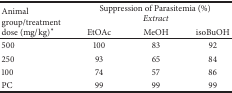
<table><thead><tr><td rowspan="2"><b>Animal group/treatment dose (mg/kg)<sup><i>∗</i></sup></b></td><td colspan="3"><b> Suppression of Parasitemia (%) <i>Extract</i></b></td></tr><tr><td><b>EtOAc</b></td><td><b>MeOH</b></td><td><b>isoBuOH</b></td></tr></thead><tbody><tr><td>500</td><td>100</td><td>83</td><td>92</td></tr><tr><td>250</td><td>93</td><td>65</td><td>84</td></tr><tr><td>100</td><td>74</td><td>57</td><td>86</td></tr><tr><td>PC</td><td>99</td><td>99</td><td>99</td></tr></tbody></table>